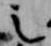
之